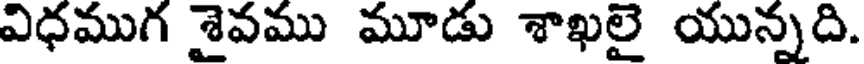
విధముగ శైవము మూడు శాఖలై యున్నది.